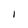
Character: 1